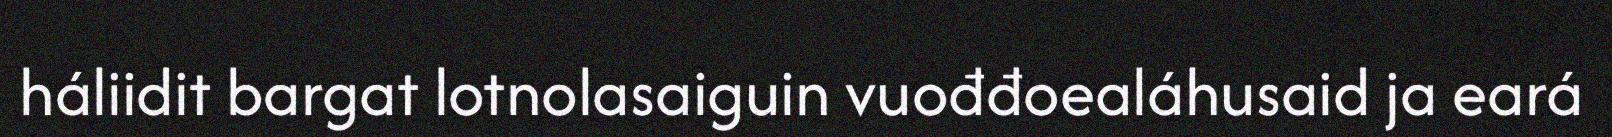
háliidit bargat lotnolasaiguin vuođđoealáhusaid ja eará